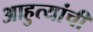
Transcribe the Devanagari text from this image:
आहुत्यांची